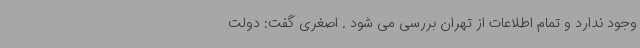
وجود ندارد و تمام اطلاعات از تهران بررسی می شود . اصغری گفت: دولت